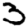
Digit: 3